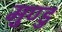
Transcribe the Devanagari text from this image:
मुण्डु